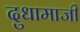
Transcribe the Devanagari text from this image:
दुधामाजीं